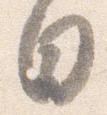
日